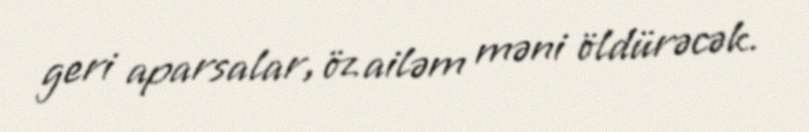
geri aparsalar, öz ailəm məni öldürəcək.